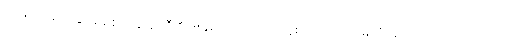
တဖြည်းဖြည်းနှင့် မစ်စက်ဆန်ဒရီ၏ ဒူးနှစ်ဖက်သည် ကွေးညွှတ်ကာ မြေကြီးပေါ်သို့ ထောက်လျက်သား